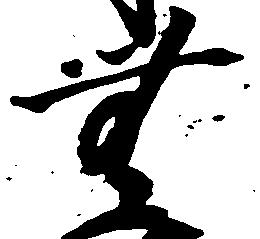
無